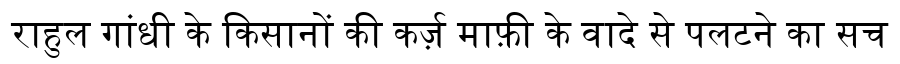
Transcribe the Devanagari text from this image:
राहुल गांधी के किसानों की कर्ज़ माफ़ी के वादे से पलटने का सच